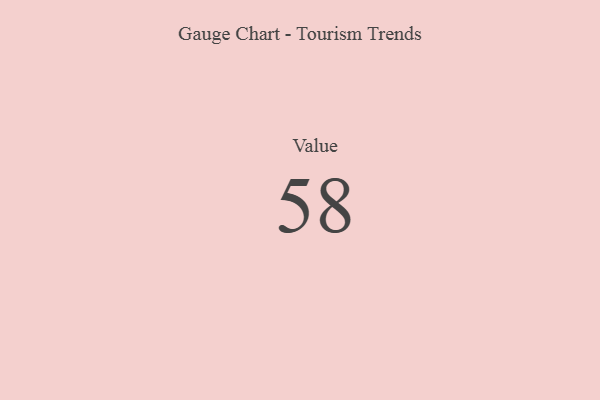
{"axis": {"x": "Metric", "y": "Value"}, "legend": [""], "data": [{"x": "Value", "y": 58, "type": ""}]}